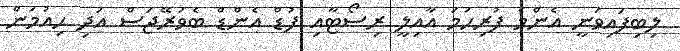
ލިބިފައިވަނީ އެންމެ ފުރިހަމަ އާއިލީ ރިސޯޓާއި ފުޑް އެންޑް ބެވަރޭޖަސް އަދި ހިއުމަން